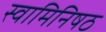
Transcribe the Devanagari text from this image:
स्वामिनिषठ